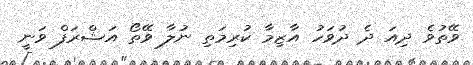
ވޭތުވެ ދިއަ ދެ ދުވަހު އާޒިމާ ކުރިމަތި ނުލާ ވޭތޯ އަޝްރަފް ވަނީ